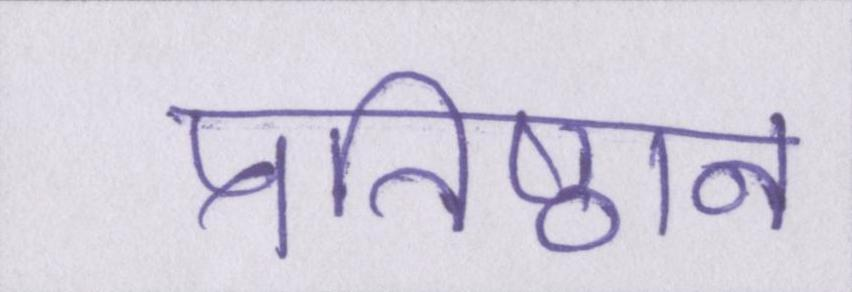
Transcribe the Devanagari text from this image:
प्रतिष्ठान